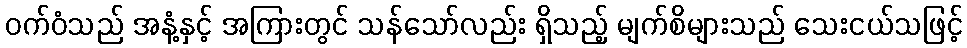
ဝက်ဝံသည် အနံ့နှင့် အကြားတွင် သန်သော်လည်း ရှိသည့် မျက်စိများသည် သေးငယ်သဖြင့်